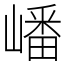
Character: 嶓